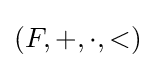
(F,+,\cdot ,<)